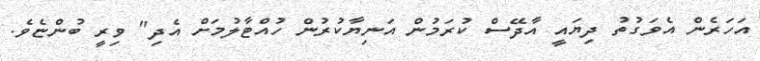
އަހަރެން އެވަގުތު ދިޔައީ އާދޭސް ކުރަމުން އަނިޔާކުރުން ހުއްޓާލުމަށް އެދި" ވިރީ ބުންޏެވެ.